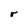
Character: r